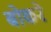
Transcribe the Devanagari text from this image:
बोकरे